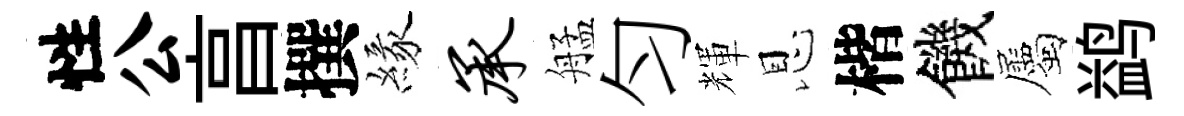
性公亯撰緣承艋匀輝恩楷饑屬鹢